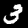
Digit: 3